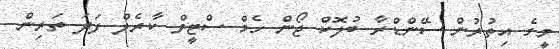
މީގެ އިތުރުން ސޭންޑްރާ ބުލޮކް ޖޯން ހެމް ސްޓީވް ކާރެލް ފަދަ ތަރިން